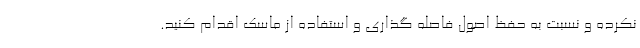
نکرده و نسبت به حفظ اصول فاصله گذاری و استفاده از ماسک اقدام کنید.